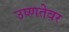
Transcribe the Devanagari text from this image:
उष्णतेवर